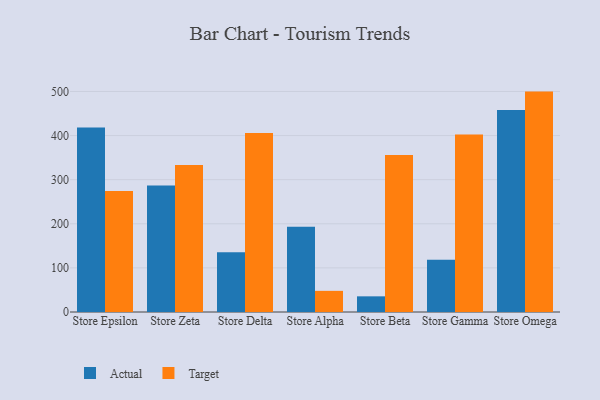
{"axis": {"x": "Store", "y": "Inventory Turnover"}, "legend": ["Actual", "Target"], "data": [{"x": "Store Epsilon", "y": 418.5, "type": "Actual"}, {"x": "Store Epsilon", "y": 274.5, "type": "Target"}, {"x": "Store Zeta", "y": 286.7, "type": "Actual"}, {"x": "Store Zeta", "y": 333.4, "type": "Target"}, {"x": "Store Delta", "y": 135.4, "type": "Actual"}, {"x": "Store Delta", "y": 406.0, "type": "Target"}, {"x": "Store Alpha", "y": 193.5, "type": "Actual"}, {"x": "Store Alpha", "y": 47.9, "type": "Target"}, {"x": "Store Beta", "y": 35.5, "type": "Actual"}, {"x": "Store Beta", "y": 355.9, "type": "Target"}, {"x": "Store Gamma", "y": 118.7, "type": "Actual"}, {"x": "Store Gamma", "y": 402.4, "type": "Target"}, {"x": "Store Omega", "y": 458.1, "type": "Actual"}, {"x": "Store Omega", "y": 499.7, "type": "Target"}]}